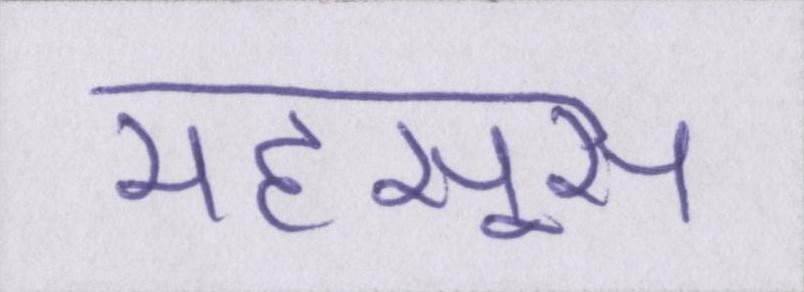
महसूस